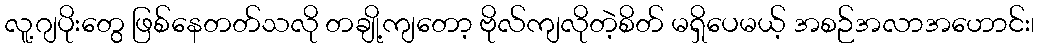
လူ့ဂျပိုးတွေ ဖြစ်နေတတ်သလို တချို့ကျတော့ ဗိုလ်ကျလိုတဲ့စိတ် မရှိပေမယ့် အစဉ်အလာအဟောင်း၊